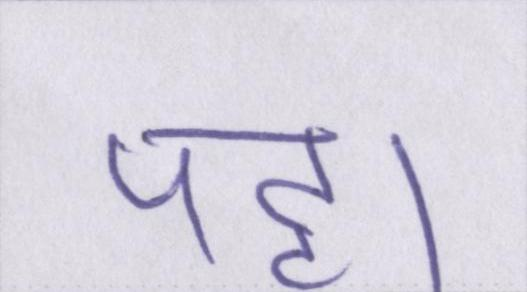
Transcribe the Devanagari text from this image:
पट्टा